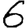
Digit: 6